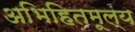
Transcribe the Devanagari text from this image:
अभिहितमूल्य